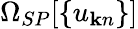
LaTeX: \Omega_{SP}[\{ u_{{\mathbf k}n}\} ]